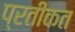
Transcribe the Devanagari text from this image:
प्रतीकत